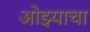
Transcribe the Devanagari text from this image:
ओझ्याचा